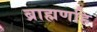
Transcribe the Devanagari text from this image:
ब्राह्मणहि